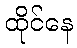
ထိုင်နေ